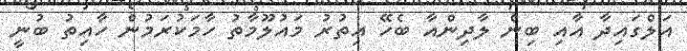
އަލްގައިދާ އާއި ބިން ލާދިންއާ ބެހޭ އިތުރު މައުލޫމާތު ހާމަކުރަމުން ހާއިތު ބުނީ